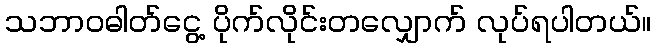
သဘာဝဓါတ်ငွေ့ ပိုက်လိုင်းတလျှောက် လုပ်ရပါတယ်။